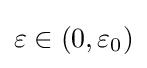
\varepsilon \in \left(0,\varepsilon _{0}\right)